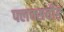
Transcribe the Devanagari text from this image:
फ्लक्सवीड